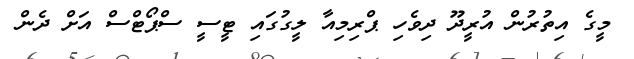
މީގެ އިތުރުން އުރީދޫ ދިވެހި ޕްރިމިއާ ލީގުގައި ޓީސީ ސްޕޯޓްސް އަށް ދެން